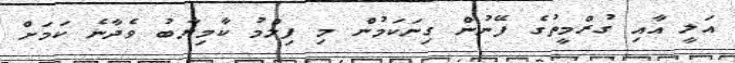
އަލީ އާއި ގުރްމީތުގެ ފޭނުން ގިނަކަމުން މި ފިލްމު ކާމިޔާބު ވެދާނެ ކަމަށް